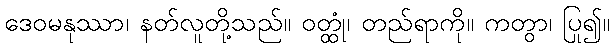
ဒေဝမနုဿာ၊ နတ်လူတို့သည်။ ဝတ္ထုံ၊ တည်ရာကို။ ကတွာ၊ ပြု၍။